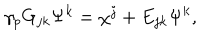
\gamma _ { p } G _ { j k } \Psi ^ { k } = \chi ^ { j } + E _ { j k } \Psi ^ { k } ,